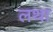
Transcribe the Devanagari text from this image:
लथा